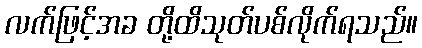
လက်ဖြင့်အခ တို့ထိသုတ်ပစ်လိုက်ရသည်။